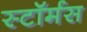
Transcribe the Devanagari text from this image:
स्टॉर्मस